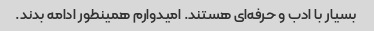
بسیار با ادب و حرفه‌ای هستند. امیدوارم همینطور ادامه بدند.